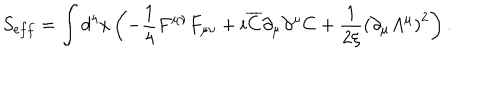
S _ { e f f } = \int { d ^ { 4 } } x \left( { - \frac { 1 } { 4 } F ^ { \mu \nu } F _ { \mu \nu } + i \overline { { C } } \partial _ { \mu } \partial ^ { \mu } C + \frac { 1 } { { 2 \xi } } \left( { \partial _ { \mu } A ^ { \mu } } \right) ^ { 2 } } \right) .